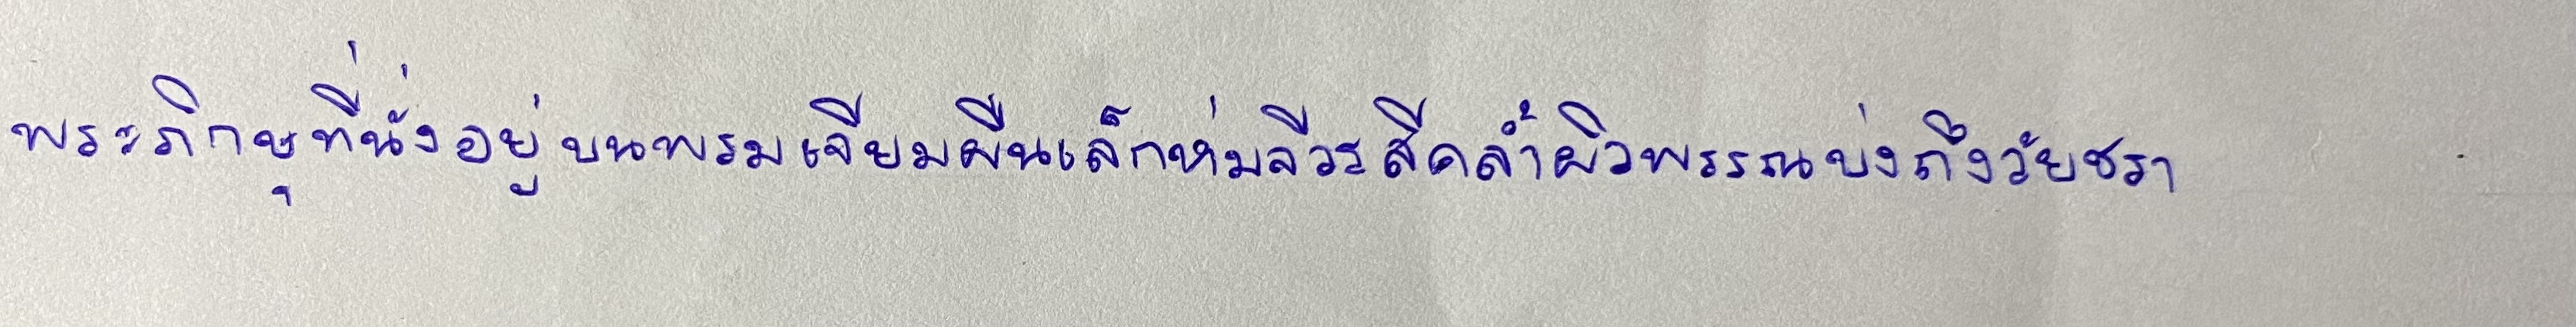
พระภิกษุที่นั่งอยู่บนพรมเจียมผืนเล็กห่มจีวรสีคล้ำผิวพรรณบ่งถึงวัยชรา